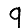
Digit: 9